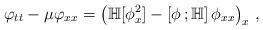
\begin{align*}\varphi_{tt}-\mu\varphi_{xx}=\left(\mathbb H[\phi^2_x]-\left[\phi\,;\mathbb H\right]\phi_{xx}\right)_{x}\,,\end{align*}